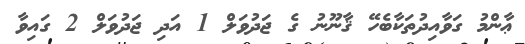
ޢާންމު ގަވާއިދުތަކާބެހޭ ޤާނޫނު ގެ ޖަދުވަލް 1 އަދި ޖަދުވަލް 2 ގައިވާ